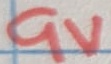
Text: 9V